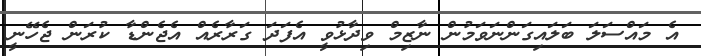
އެ މައްސަލަ ބަލައިގަންނަވަމުން ނާޒިމް ވިދާޅުވީ އެފަދަ ގަރާރެއް އެޖެންޑާ ކުރަން ޖެހޭނީ